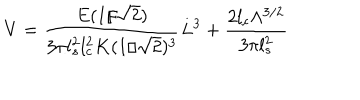
V = \frac { E ( 1 / \sqrt { 2 } ) } { 3 \pi l _ { s } ^ { 2 } l _ { c } ^ { 2 } K ( 1 / \sqrt { 2 } ) ^ { 3 } } L ^ { 3 } + \frac { 2 l _ { c } \Lambda ^ { 3 / 2 } } { 3 \pi l _ { s } ^ { 2 } }